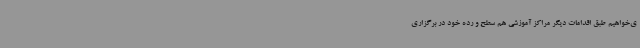
ی‌خواهیم طبق اقدامات دیگر مراکز آموزشی هم سطح و رده خود در برگزاری